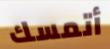
أتمسك